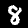
Label: 8